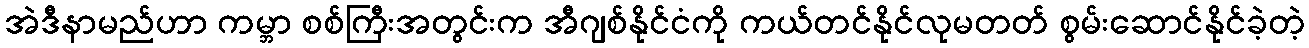
အဲဒီနာမည်ဟာ ကမ္ဘာ စစ်ကြီးအတွင်းက အီဂျစ်နိုင်ငံကို ကယ်တင်နိုင်လုမတတ် စွမ်းဆောင်နိုင်ခဲ့တဲ့